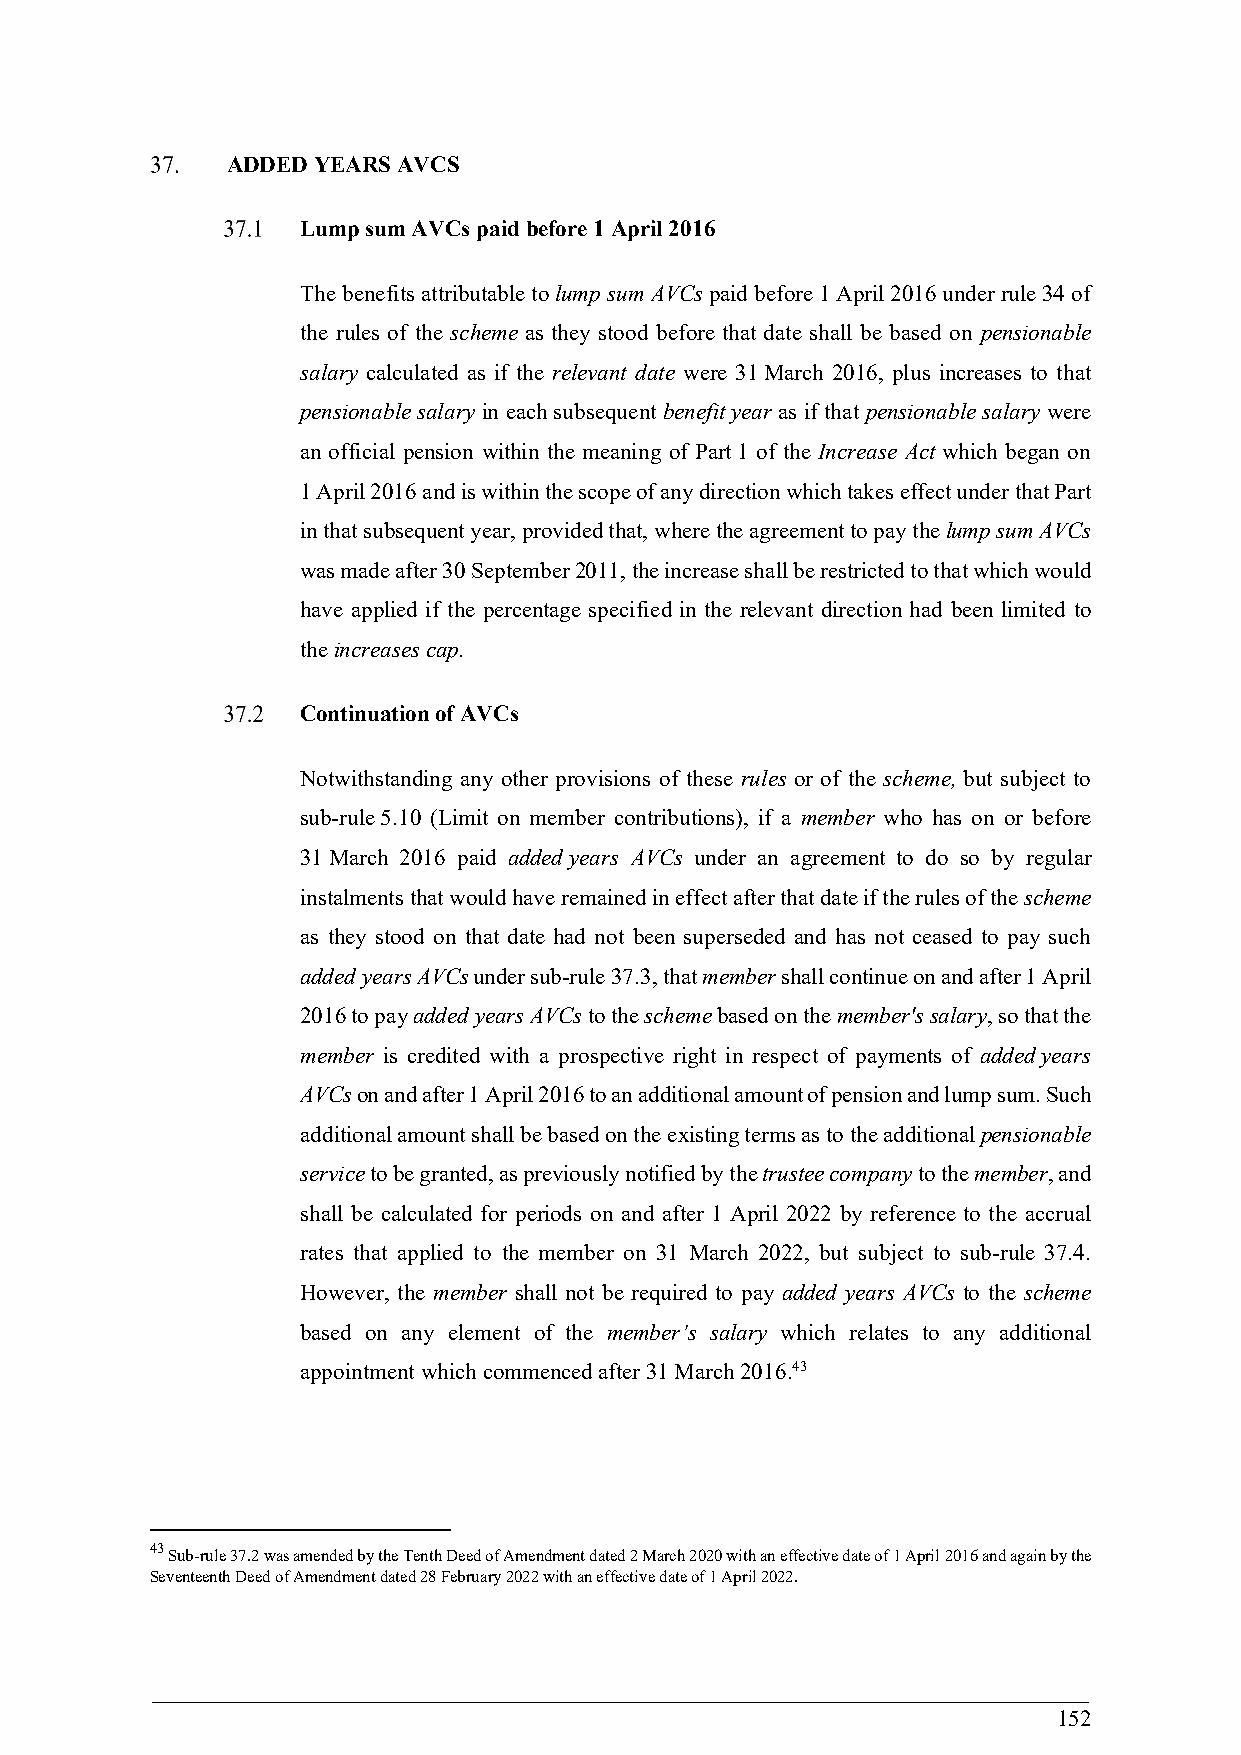
ADDED YEARS AVCS
 Lump sum AVCs paid before 1 April 2016
 The benefits attributable to lump sum AVCs paid before 1 April 2016 under rule 34 of
 the rules of the scheme as they stood before that date shall be based on pensionable
 salary calculated as if the relevant date were 31 March 2016, plus increases to that
 pensionable salary in each subsequent benefit year as if that pensionable salary were
 an official pension within the meaning of Part 1 of the Increase Act which began on
 1 April 2016 and is within the scope of any direction which takes effect under that Part
 in that subsequent year, provided that, where the agreement to pay the lump sum AVCs
 was made after 30 September 2011, the increase shall be restricted to that which would
 have applied if the percentage specified in the relevant direction had been limited to
 the increases cap.
 Continuation of AVCs
 Notwithstanding any other provisions of these rules or of the scheme, but subject to
 sub-rule 5.10 (Limit on member contributions), if a member who has on or before
 31 March 2016 paid added years AVCs under an agreement to do so by regular
 instalments that would have remained in effect after that date if the rules of the scheme
 as they stood on that date had not been superseded and has not ceased to pay such
 added years AVCs under sub-rule 37.3, that member shall continue on and after 1 April
 2016 to pay added years AVCs to the scheme based on the member's salary, so that the
 member is credited with a prospective right in respect of payments of added years
 AVCs on and after 1 April 2016 to an additional amount of pension and lump sum. Such
 additional amount shall be based on the existing terms as to the additional pensionable
 service to be granted, as previously notified by the trustee company to the member, and
 shall be calculated for periods on and after 1 April 2022 by reference to the accrual
 rates that applied to the member on 31 March 2022, but subject to sub-rule 37.4.
 However, the member shall not be required to pay added years AVCs to the scheme
 based on any element of the member’s salary which relates to any additional
 appointment which commenced after 31 March 2016.43
 43
 Sub-rule 37.2 was amended by the Tenth Deed of Amendment dated 2 March 2020 with an effective date of 1 April 2016 and again by the
 Seventeenth Deed of Amendment dated 28 February 2022 with an effective date of 1 April 2022.
 152